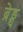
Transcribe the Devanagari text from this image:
ब्रेड्थ